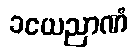
ခယေညာဏံ